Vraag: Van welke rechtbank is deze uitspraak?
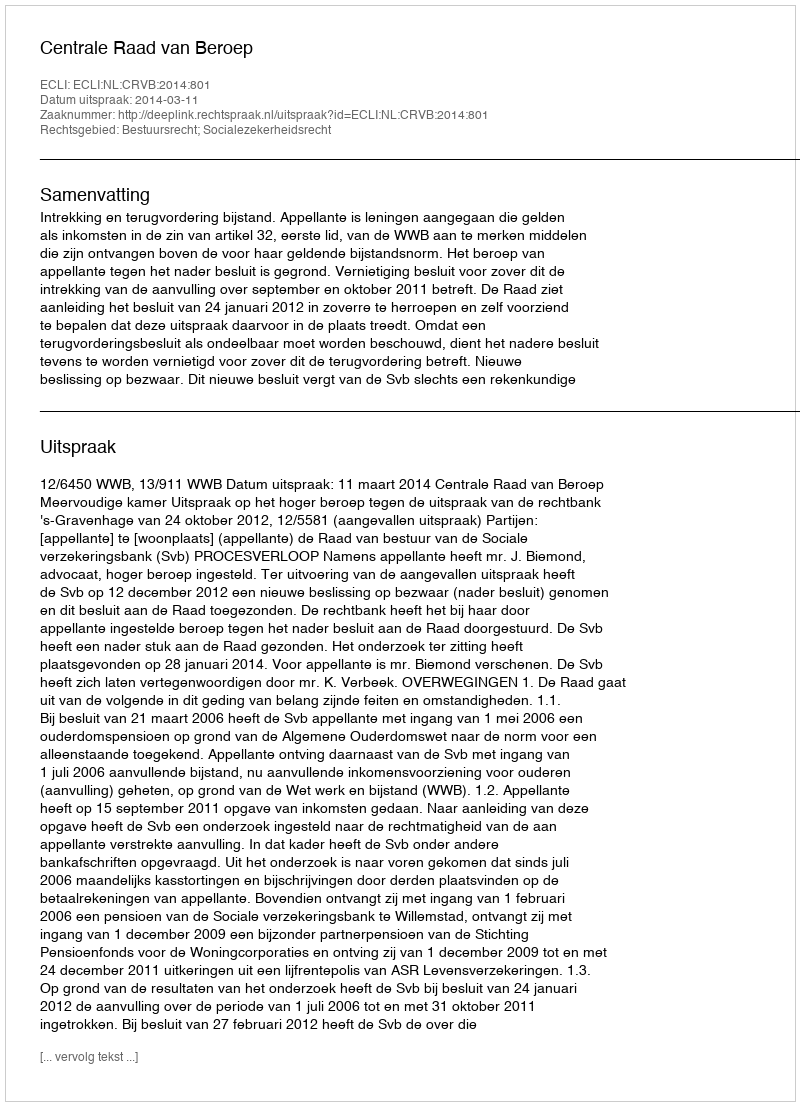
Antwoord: Centrale Raad van Beroep